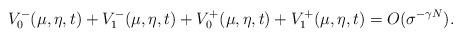
LaTeX: \begin{align*} V^-_{0}(\mu,\eta,t)+V^-_{1}(\mu,\eta,t) +V^+_{0}(\mu,\eta,t)+V^+_{1}(\mu,\eta,t)= O(\sigma^{-\gamma N}). \end{align*}